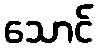
သောင်